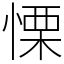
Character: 慄